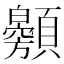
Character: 𩕰